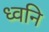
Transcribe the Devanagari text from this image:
ध्‍वनि